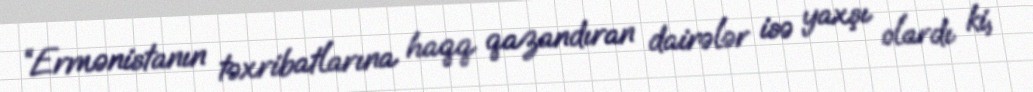
“Ermənistanın təxribatlarına haqq qazandıran dairələr isə yaxşı olardı ki,